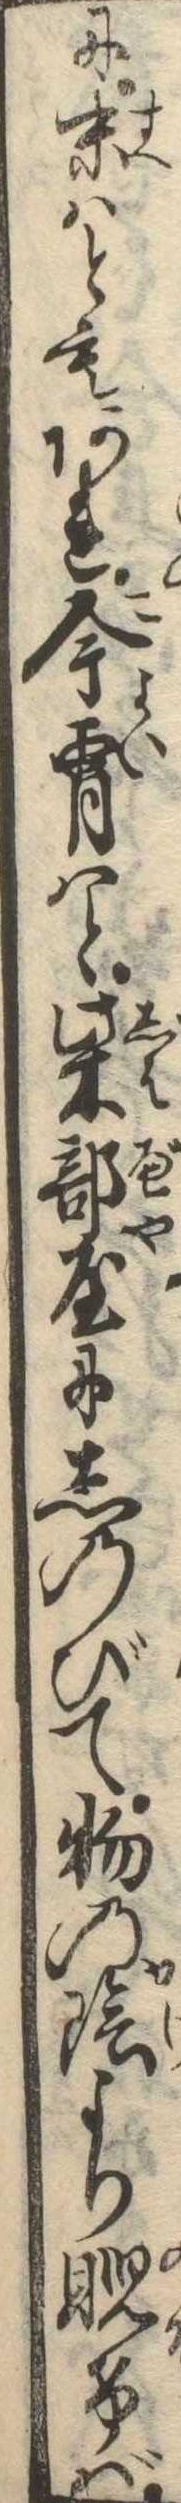
に末はともあれ今宵はと柴部屋にしのびて物の陰より睨けば